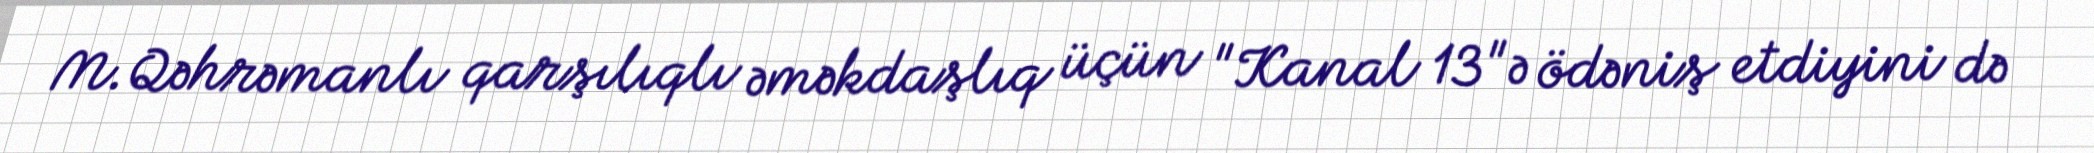
M.Qəhrəmanlı qarşılıqlı əməkdaşlıq üçün "Kanal 13"ə ödəniş etdiyini də